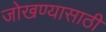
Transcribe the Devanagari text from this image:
जोखण्यासाठी